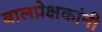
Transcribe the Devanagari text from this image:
बालप्रेक्षकांनी